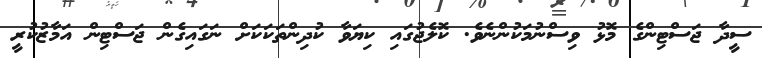
ސީދާ ޖަސްޓިންގެ މޮޅު ވިސްނުމަކުންނެވެ. ކޮލެޖުގައި ކިޔަވާ ކުދިންތަކަކަށް ނަގައިގެން ޖަސްޓިން އަމާޒުކުރީ